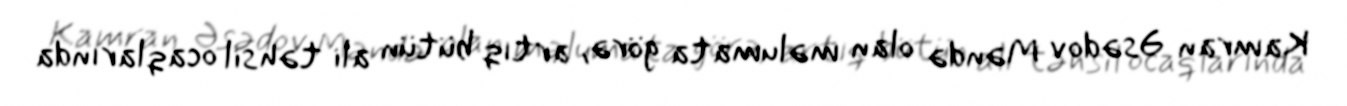
Kamran Əsədov Məndə olan məlumata görə, artıq bütün ali təhsil ocaqlarında